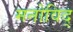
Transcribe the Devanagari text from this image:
मनोविद्